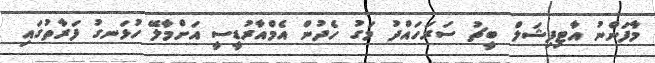
މާފަންނު އާޓިފިޝަލް ބީޗު ސަރަހައްދު މަގު ހެދުން އެމްއާރުޑީސީ އަށްމާލޭ ހުޅަނގު ފަރާތުގައި